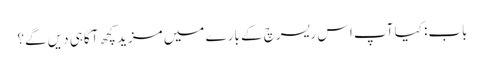
باب: کیا آپ اس ریسرچ کے بارے میں مزید کچھ آگاہی دیں گے؟